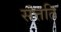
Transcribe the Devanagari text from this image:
संत्तति